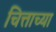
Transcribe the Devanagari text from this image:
चित्ताच्या